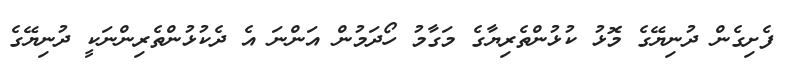
ފެށިގެން ދުނިޔޭގެ މޮޅު ކުޅުންތެރިޔާގެ މަގާމު ހޯދަމުން އަންނަ އެ ދެކުޅުންތެރިންނަކީ ދުނިޔޭގެ